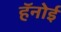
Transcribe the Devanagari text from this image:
हॅनोई